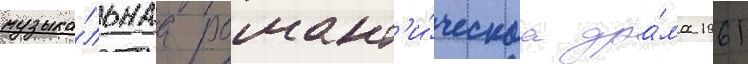
музыка́льнаа романт'и́ческаа дра́ма 1961